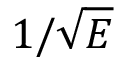
1 / \sqrt { E }